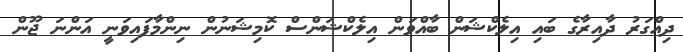
ދިއްގަރު ދާއިރާގެ ބައި އިލެކްޝަން ބާއްވަން އިލެކްޝަންސް ކޮމިޝަނުން ނިންމާފައިވަނީ އަންނަ ޖޫން